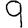
Digit: 9